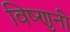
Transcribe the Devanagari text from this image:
विष्णुनी